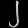
Digit: ၂